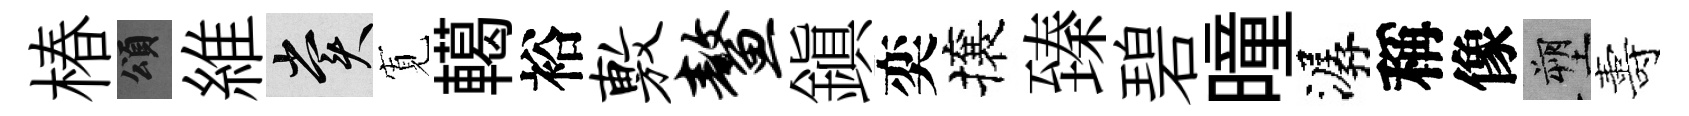
椿頌維賞𡩖轕裕敷鳌鎭奕攘臻碧曈潺稱像塑夀